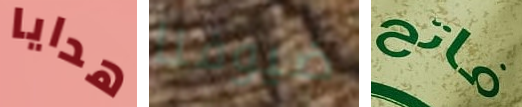
هدايا ضيوفنا فاتح